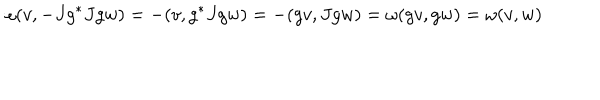
\omega ( v , - J g ^ { * } J g w ) = - ( v , g ^ { * } J g w ) = - ( g v , J g w ) = \omega ( g v , g w ) = \omega ( v , w )